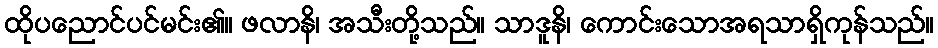
ထိုပညောင်ပင်မင်း၏။ ဖလာနိ၊ အသီးတို့သည်။ သာဒူနိ၊ ကောင်းသောအရသာရှိကုန်သည်။